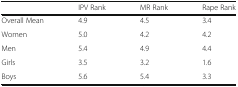
<table><thead><tr><td></td><td><b>IPV Rank</b></td><td><b>MR Rank</b></td><td><b>Rape Rank</b></td></tr></thead><tbody><tr><td>Overall Mean</td><td>4.9</td><td>4.5</td><td>3.4</td></tr><tr><td>Women</td><td>5.0</td><td>4.2</td><td>4.2</td></tr><tr><td>Men</td><td>5.4</td><td>4.9</td><td>4.4</td></tr><tr><td>Girls</td><td>3.5</td><td>3.2</td><td>1.6</td></tr><tr><td>Boys</td><td>5.6</td><td>5.4</td><td>3.3</td></tr></tbody></table>